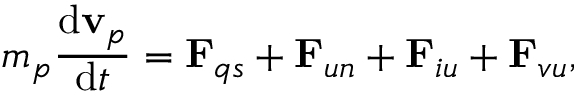
m _ { p } \frac { \mathrm { d } \mathbf { v } _ { p } } { \mathrm { d } t } = \mathbf { F } _ { q s } + \mathbf { F } _ { u n } + \mathbf { F } _ { i u } + \mathbf { F } _ { v u } ,